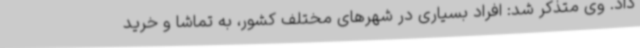
داد. وی متذکر شد: افراد بسیاری در شهرهای مختلف کشور، به تماشا و خرید